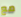
مع